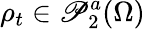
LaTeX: \rho_{t}\in\mathscr{P}_{2}^{a}(\Omega)